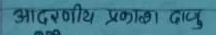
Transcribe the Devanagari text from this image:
आदरणीय प्रकाश दाजु